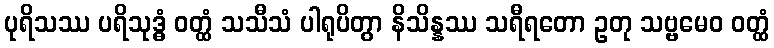
ပုရိသဿ ပရိသုဒ္ဓံ ဝတ္ထံ သသီသံ ပါရုပိတွာ နိသိန္နဿ သရီရတော ဥတု သဗ္ဗမေဝ ဝတ္ထံ